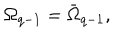
\Omega _ { q - 1 } = \bar { \Omega } _ { q - 1 } ,